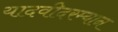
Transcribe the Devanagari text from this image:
यादवीदरम्यान